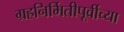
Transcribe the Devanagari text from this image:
ग्रहनिर्मितीपूर्वीच्या